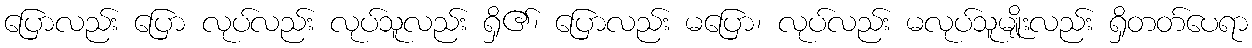
ပြောလည်း ပြော လုပ်လည်း လုပ်သူလည်း ရှိ၏၊ ပြောလည်း မပြော၊ လုပ်လည်း မလုပ်သူမျိုးလည်း ရှိတတ်ပေရာ